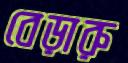
বেড়ারু